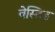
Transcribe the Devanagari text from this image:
वेस्टिड